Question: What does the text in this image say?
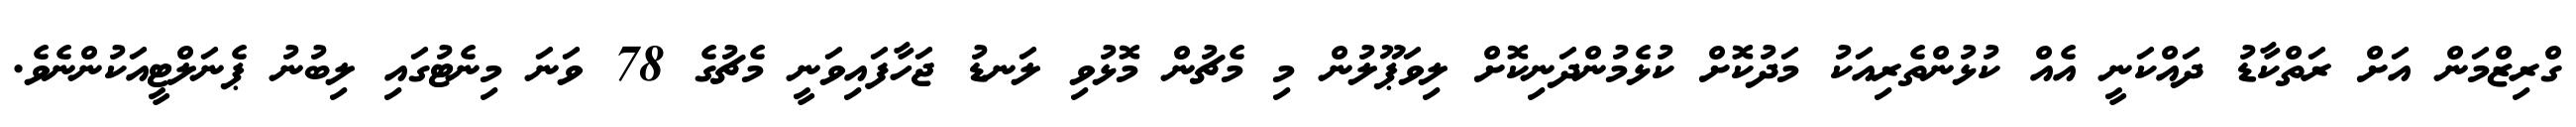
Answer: ގްރިޒްމަން އަށް ރަތްކާޑު ދައްކަނީ އެއް ކުޅުންތެރިއަކު މަދުކޮށް ކުޅެމުންދަނިކޮށް ލިވަޕޫލުން މި މެޗުން މޮޅުވި ލަނޑު ޖަހާފައިވަނީ މެޗުގެ 78 ވަނަ މިނެޓުގައި ލިބުނު ޕެނަލްޓީއަކުންނެވެ.